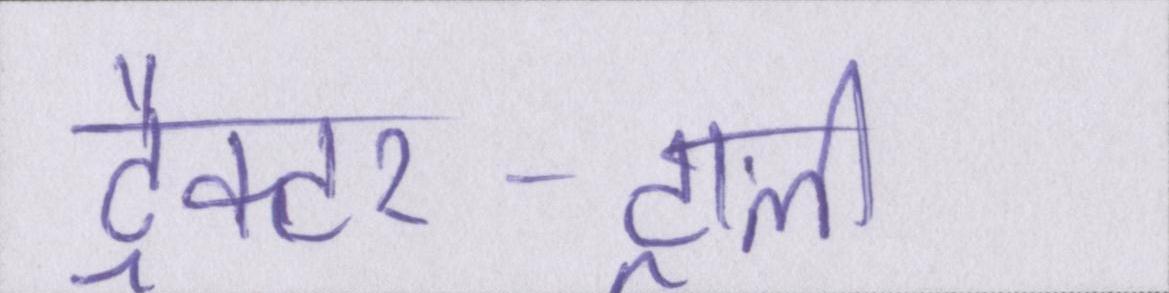
ट्रैक्टर-ट्राली